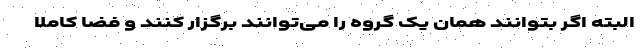
البته اگر بتوانند همان یک گروه را می‌توانند برگزار کنند و فضا کاملا